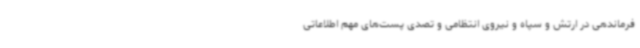
فرماندهی در ارتش و سپاه و نیروی انتظامی و تصدی پست‌های مهم اطلاعاتی